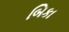
બિકા